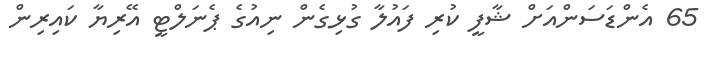
65 އެންޑަސަންއަށް ޝާފީ ކުރި ފައުލާ ގުޅިގެން ނިއުގެ ޕެނަލްޓީ އޭރިޔާ ކައިރިން